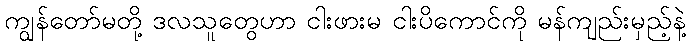
ကျွန်တော်မတို့ ဒလသူတွေဟာ ငါးဖားမ ငါးပိကောင်ကို မန်ကျည်းမှည့်နဲ့